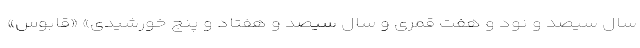
سال سیصد و نود و هفت قمری و سال سیصد و هفتاد و پنج خورشیدی» «قابوس»